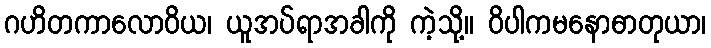
ဂဟိတကာလောဝိယ၊ ယူအပ်ရာအခါကို ကဲ့သို့။ ဝိပါကမနောဓာတုယာ၊